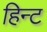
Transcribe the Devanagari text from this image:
हिन्ट